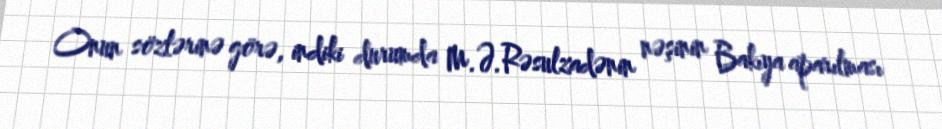
Onun sözlərinə görə, indiki durumda M.Ə.Rəsulzadənin nəşinin Bakıya aparılması